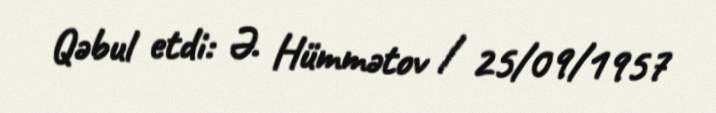
Qəbul etdi: Ə. Hümmətov / 25/09/1957